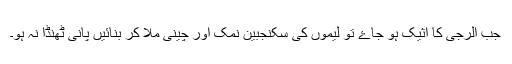
جب الرجی کا اثیک ہو جاۓ تو لیموں کی سکنجبین نمک اور چینی ملا کر بنائیں پانی ٹھنڈا نہ ہو۔